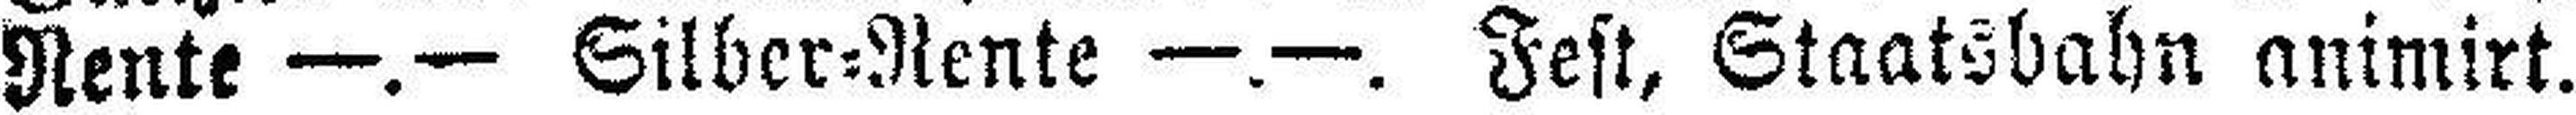
Rente —.— Silber=Rente —.—. Fest, Staatsbahn animirt.